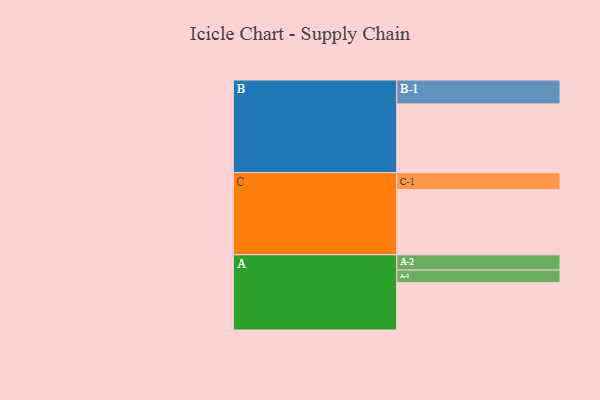
{"axis": {"x": "Segment", "y": "Value"}, "legend": ["", "A", "B", "C"], "data": [{"x": "A", "y": 303, "type": ""}, {"x": "B", "y": 439, "type": ""}, {"x": "C", "y": 417, "type": ""}, {"x": "A-1", "y": 80, "type": "A"}, {"x": "A-2", "y": 98, "type": "A"}, {"x": "B-1", "y": 153, "type": "B"}, {"x": "C-1", "y": 109, "type": "C"}]}